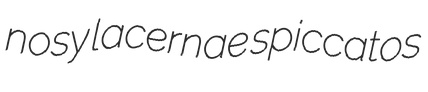
nosy lacernae spiccatos